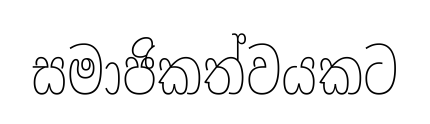
සමාජිකත්වයකට